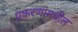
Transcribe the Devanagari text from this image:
प्रकरणांमधील